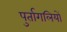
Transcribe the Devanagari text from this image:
पुर्तागलियों